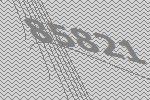
85821